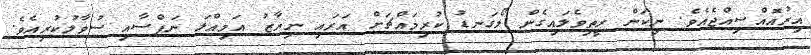
އިރުއޮއްސިއްޖެއެވެ. ނިކަން ރީތިވެލައިގެން ލޯގަނޑު ކުރިމައްޗަށް އަރައި ނިޔާޒު އަމިއްލަ ނަފްސާއި ސުވާލުކުރިއެވެ.